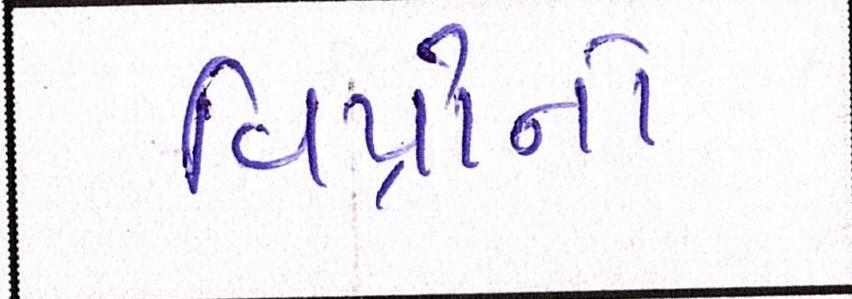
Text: વિપ્રોનો